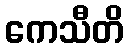
ကေသီတိ